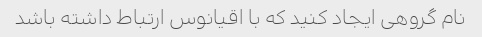
نام گروهی ایجاد کنید که با اقیانوس ارتباط داشته باشد